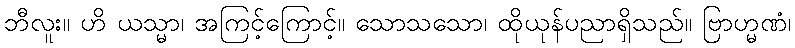
ဘီလူး။ ဟိ ယသ္မာ၊ အကြင့်ကြောင့်။ သောသသော၊ ထိုယုန်ပညာရှိသည်။ ဗြာဟ္မဏံ၊